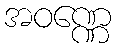
အဝဏ္ဏေ